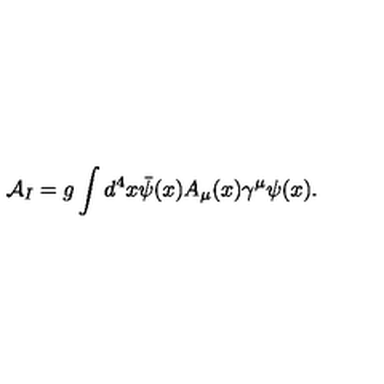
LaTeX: { \cal A } _ { I } = g \int d ^ { 4 } x \bar { \psi } ( x ) A _ { \mu } ( x ) \gamma ^ { \mu } \psi ( x ) .